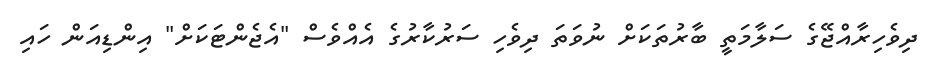
ދިވެހިރާއްޖޭގެ ސަލާމަތީ ބާރުތަކަށް ނުވަތަ ދިވެހި ސަރުކާރުގެ އެއްވެސް "އެޖެންޓަކަށް" އިންޑިއަން ހައި